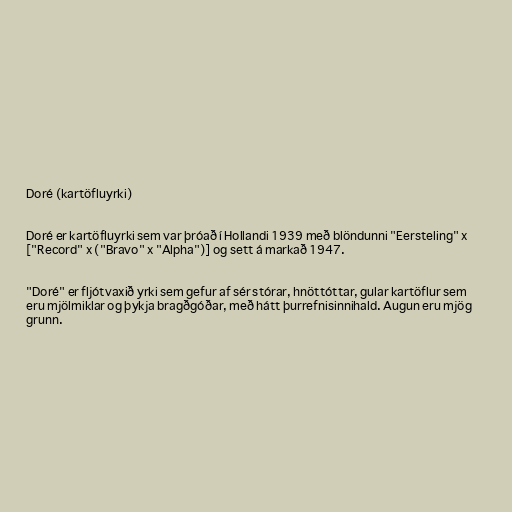
Doré (kartöfluyrki)

Doré er kartöfluyrki sem var þróað í Hollandi 1939 með blöndunni "Eersteling" x
["Record" x ("Bravo" x "Alpha")] og sett á markað 1947.

"Doré" er fljótvaxið yrki sem gefur af sér stórar, hnöttóttar, gular kartöflur sem
eru mjölmiklar og þykja bragðgóðar, með hátt þurrefnisinnihald. Augun eru mjög
grunn.